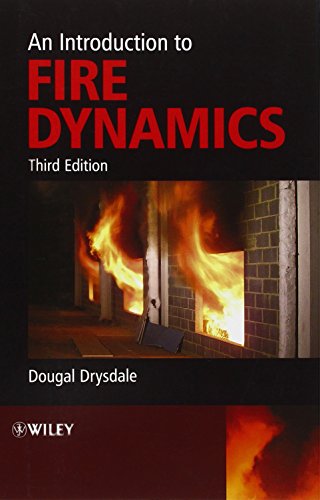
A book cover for An Introduction to Fire Dynamics; Dougal Drysdale; Science & Math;